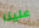
علينا